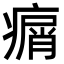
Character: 𤸮